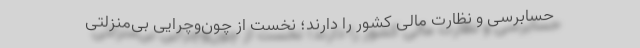
حسابرسی و نظارت مالی كشور را دارند؛ نخست از چون‌و‌چرایی بی‌منزلتی